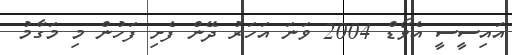
އައިސީސީ އެވޯޑް 2004 ވަނަ އަހަރު ދޭން ފެށި ފަހުން މި މަގާމު